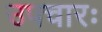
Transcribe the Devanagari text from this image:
उपचारः